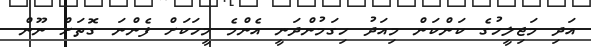
އަދި މަޖިލީހުގެ ކަންކަން މިއަދު ހިގަމުންދަނީ އެންމެ މީހަކަށް ފެންނަ ގޮތަށް ނޫން